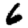
Digit: 6